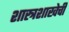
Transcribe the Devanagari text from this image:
शास्त्रशाखेची